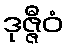
ဒုဇ္ဇီဝံ